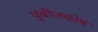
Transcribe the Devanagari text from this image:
पुंबीजकोष